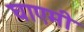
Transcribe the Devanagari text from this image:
घाएमी